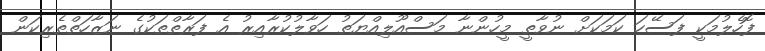
ފޮހެލުމަކީ ފަސޭހަ ކަމަކަށް ނުވާތީ މީހުންނާ މަސްއޫލިއްޔަތު ހަވާލުކުރާއިރު އެ ފަރާތްތަކުގެ ނަޒާހަތްތެރިކަން